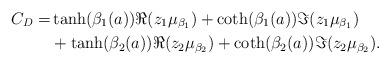
LaTeX: \begin{align*}C_D = &\tanh(\beta_1(a))\Re(z_1\mu_{\beta_1}) +\coth(\beta_1(a))\Im(z_1\mu_{\beta_1}) \\& +\tanh(\beta_2(a))\Re(z_2\mu_{\beta_2}) +\coth(\beta_2(a))\Im(z_2\mu_{\beta_2}).\end{align*}